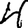
Digit: 4